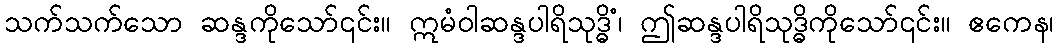
သက်သက်သော ဆန္ဒကိုသော်၎င်း။ ဣမံဝါဆန္ဒပါရိသုဒ္ဓိံ၊ ဤဆန္ဒပါရိသုဒ္ဓိကိုသော်၎င်း။ ဧကေန၊